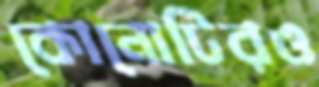
কোনোটিরও